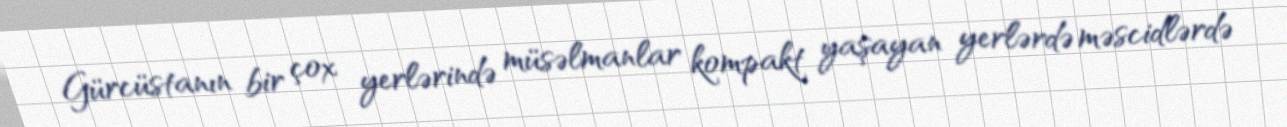
Gürcüstanın bir çox yerlərində müsəlmanlar kompakt yaşayan yerlərdə məscidlərdə